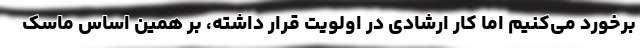
برخورد می‌کنیم اما کار ارشادی در اولویت قرار داشته، بر همین اساس ماسک